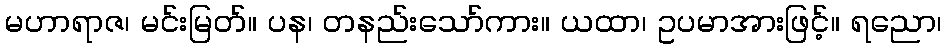
မဟာရာဇ၊ မင်းမြတ်။ ပန၊ တနည်းသော်ကား။ ယထာ၊ ဥပမာအားဖြင့်။ ရညော၊